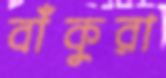
বাঁকুরা